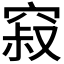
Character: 𰩒